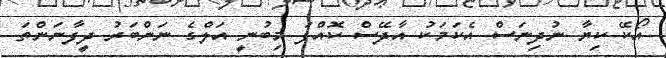
އޯކޭ ކިޔާ ނުދިނަސް އެކަމަކު އާދޭސް ކޮއްފަ މިބުނީ އަލްގެ ނަންބަރު ދީފާނަންތަ